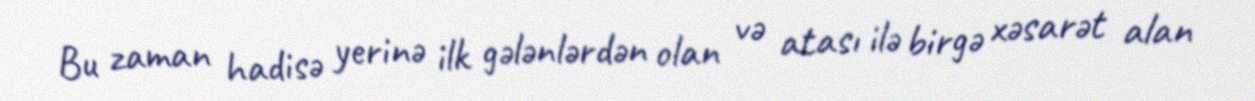
Bu zaman hadisə yerinə ilk gələnlərdən olan və atası ilə birgə xəsarət alan